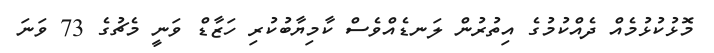
މޮޅުކުޅުމެއް ދެއްކުމުގެ އިތުރުން ލަނޑެއްވެސް ކާމިޔާބުކުރި ހަޒާޑް ވަނީ މެޗުގެ 73 ވަނަ